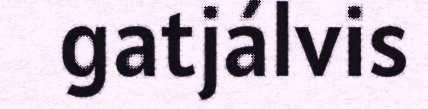
gatjálvis